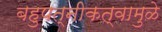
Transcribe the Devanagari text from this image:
बहुपत्‍नीकत्वामुळे